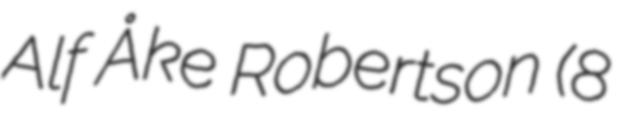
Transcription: Alf Åke Robertson (8